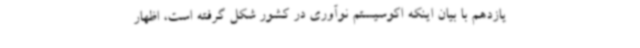
یازدهم با بیان اینکه اکوسیستم نوآوری در کشور شکل گرفته است، اظهار